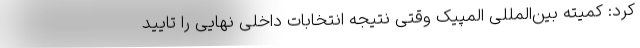
کرد: کمیته بین‌المللی المپیک وقتی نتیجه انتخابات داخلی نهایی را تایید